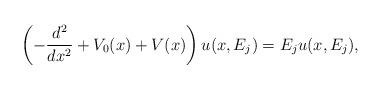
LaTeX: \begin{align*} \left( -\frac{d^2}{dx^2} + V_0(x)+V(x)\right) u(x,E_j) =E_j u(x,E_j),\end{align*}